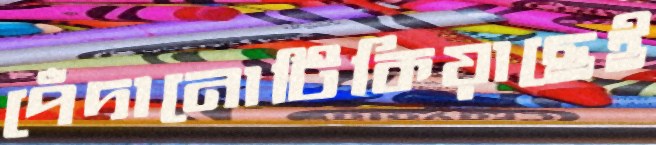
পেঁদানোটিকিয়াছেই